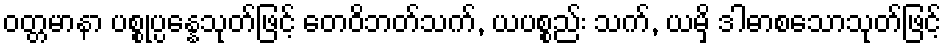
ဝတ္တမာနာ ပစ္စုပ္ပန္နေသုတ်ဖြင့် တေဝိဘတ်သက်, ယပစ္စည်း သက်, ယမှိ ဒါဓာစသောသုတ်ဖြင့်